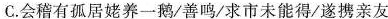
C.会稽有孤居姥养一鹅/善鸣/求市未能得/遂携亲友